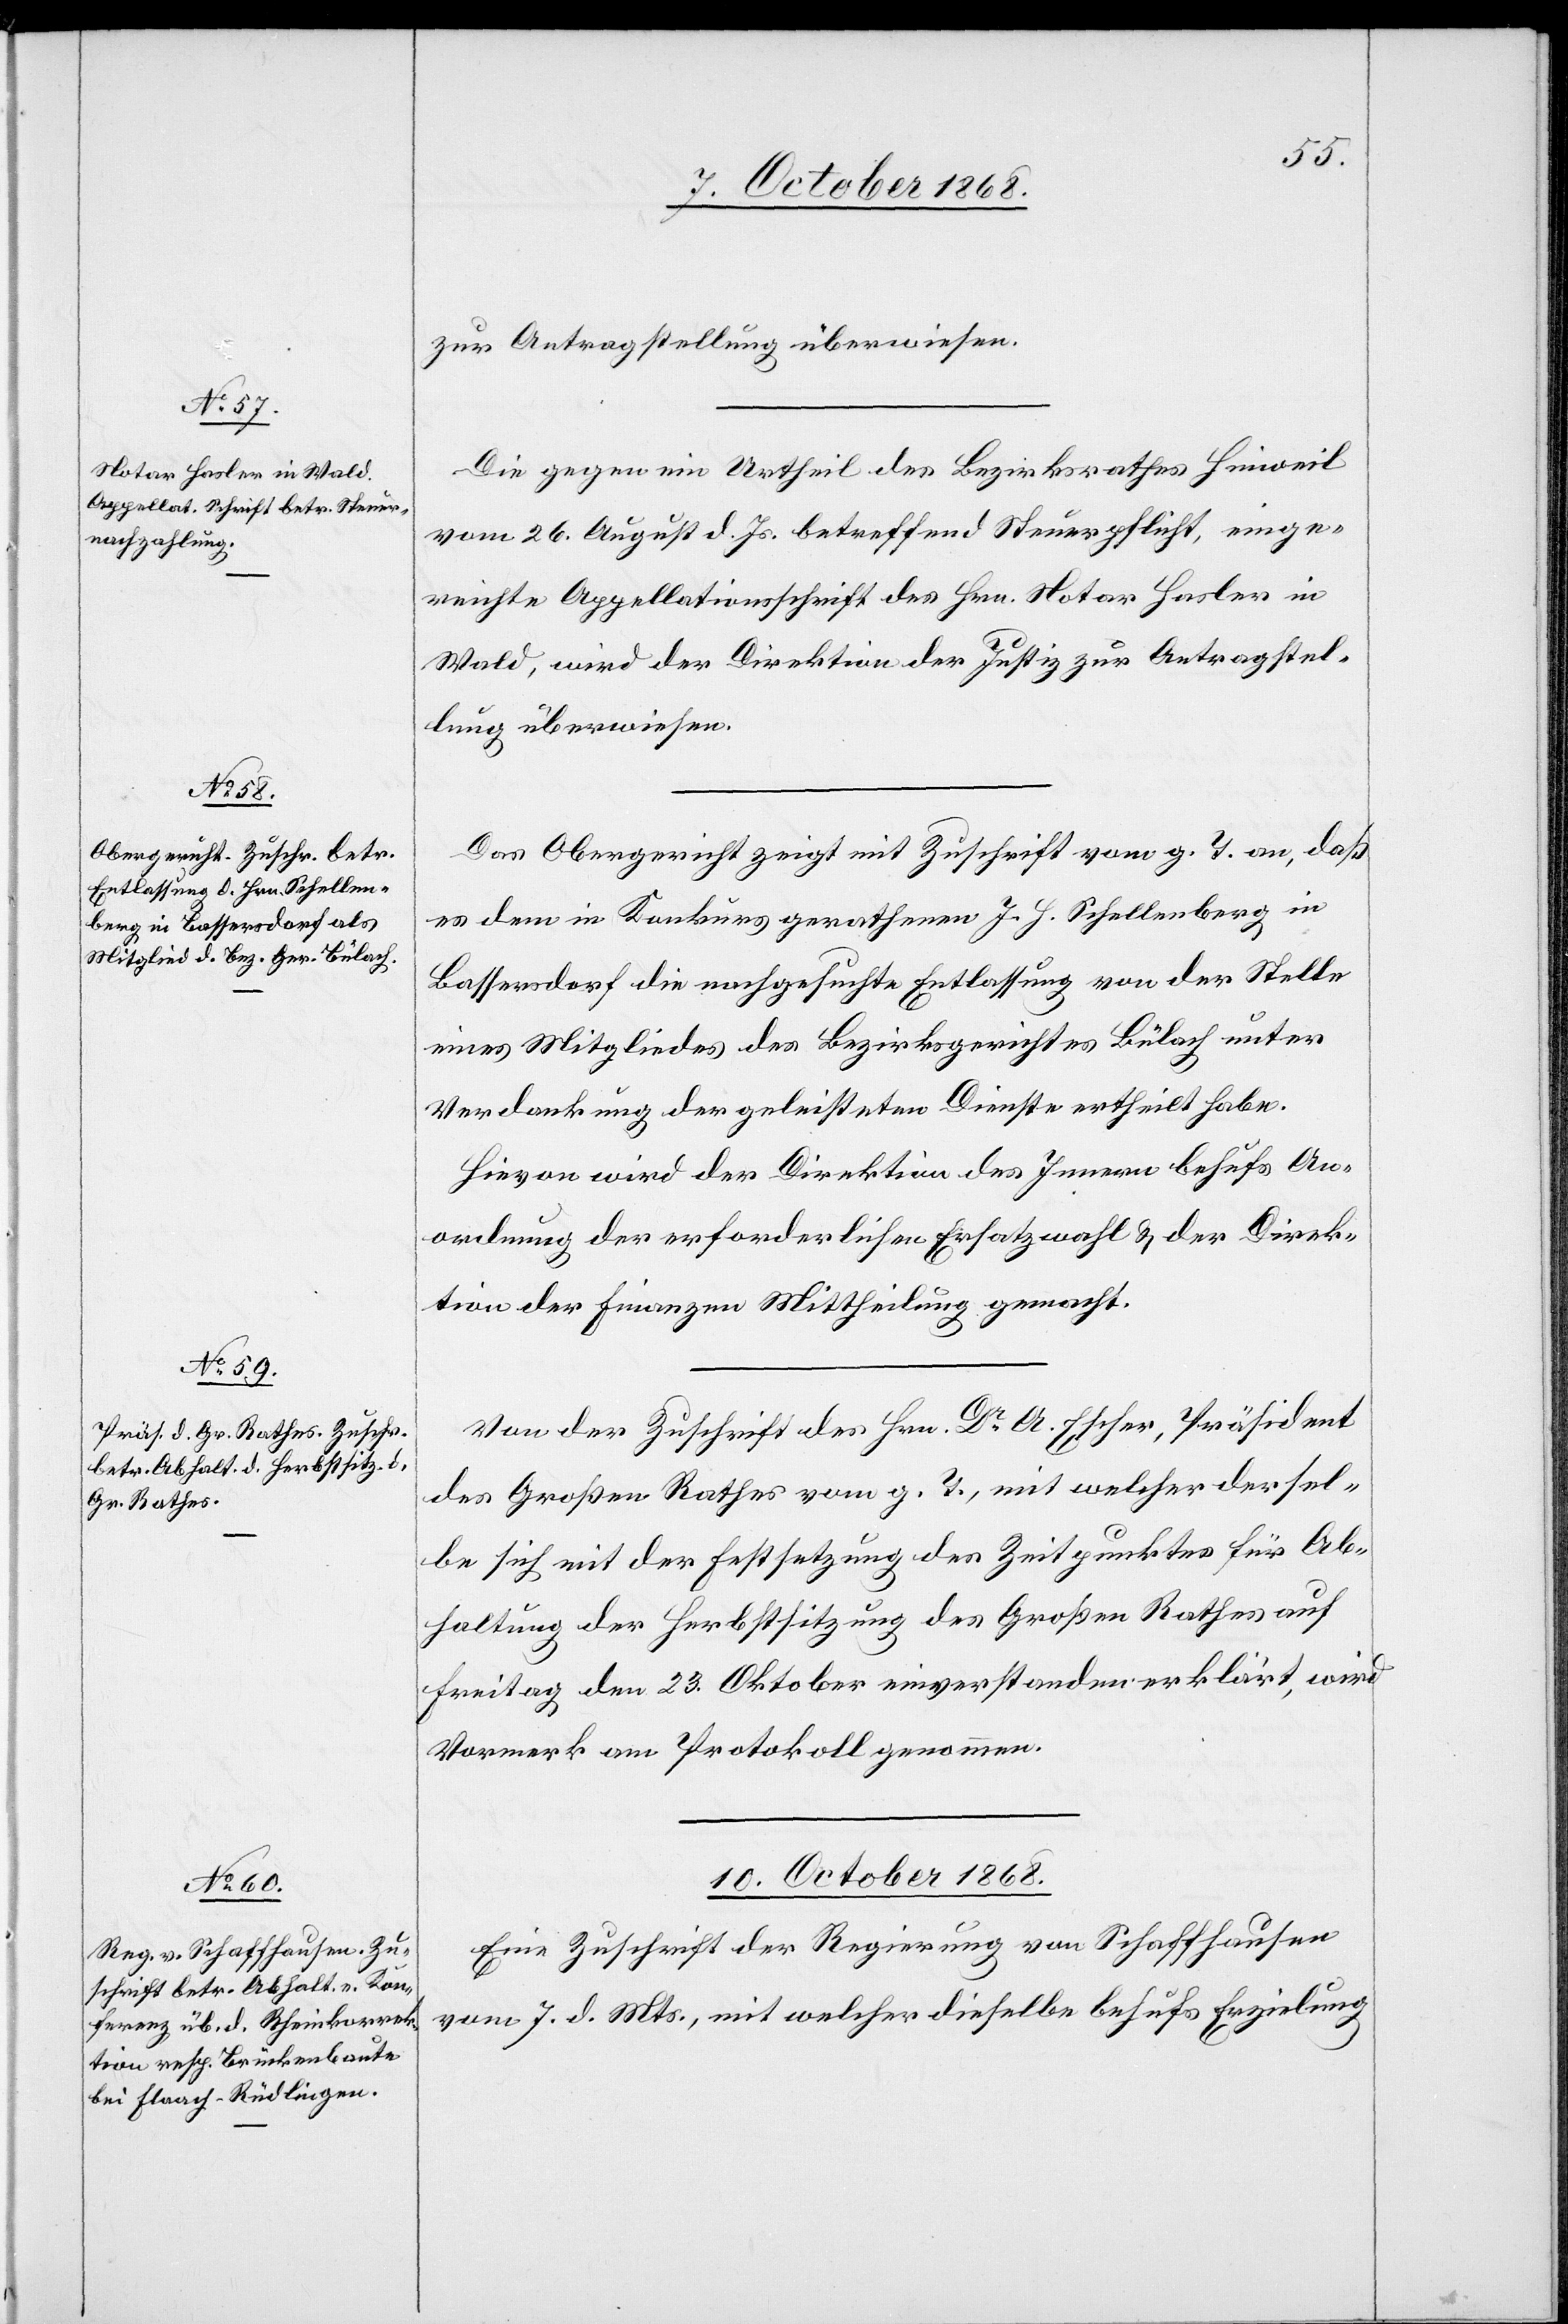
zur Antragstellung überwiesen.
Die gegen ein Urtheil des Bezirksrathes Hinweil
vom 26. August d. Js. betreffend Steuerpflicht, einge¬
reichte Appellationsschrift des Hrn. Notar Hasler in
Wald, wird der Direktion der Justiz zur Antragstel¬
lung überwiesen.
Das Obergericht zeigt mit Zuschrift vom g. T. an, daß
es dem in Konkurs gerathenen J. H. Schellenberg in
Bassersdorf die nachgesuchte Entlassung von der Stelle
eines Mitgliedes des Bezirksgerichtes Bülach unter
Verdankung der geleisteten Dienste ertheilt habe.
Hievon wird der Direktion des Innern behufs An¬
ordnung der erforderlichen Ersatzwahl & der Direk¬
tion der Finanzen Mittheilung gemacht.
Von der Zuschrift des Hrn. Dr A. Escher, Präsident
des Großen Rathes vom g. T., mit welcher dersel¬
be sich mit der Festsetzung des Zeitpunktes für Ab¬
haltung der Herbstsitzung des Großen Rathes auf
Freitag den 23. Oktober einverstanden erklärt, wird
Vormerk am Protokoll genommen.
10. October 1868.
Eine Zuschrift der Regierung von Schaffhausen
vom 7. d. Mts., mit welcher dieselbe behufs Erzielung